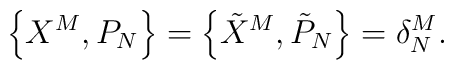
\left\{ X^{M},P_{N}\right\} =\left\{ \tilde{X}^{M},\tilde{P}_{N}\right\}=\delta _{N}^{M}.